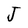
Character: J